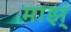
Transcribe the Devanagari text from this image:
माझ्ं